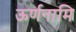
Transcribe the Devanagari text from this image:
ऊर्णनामि